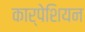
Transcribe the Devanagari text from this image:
कार्पेशियन